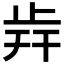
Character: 𣥭